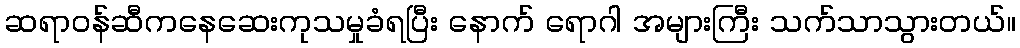
ဆရာဝန်ဆီကနေဆေးကုသမှုခံရပြီး နောက် ရောဂါ အများကြီး သက်သာသွားတယ်။